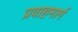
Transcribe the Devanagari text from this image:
प्रवाहमार्ग